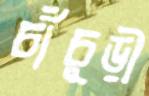
চাঁচুড়ী